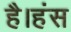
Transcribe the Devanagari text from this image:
है।हंस